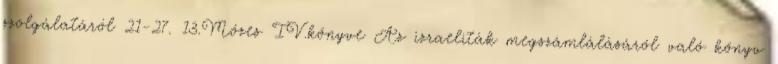
szolgálatáról 21-27. 13.Mózes IV.könyve Az izraeliták megszámlálásáról való könyv